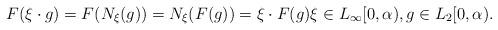
LaTeX: \begin{align*}F(\xi\cdot g)=F(N_\xi(g))=N_\xi(F(g))=\xi\cdot F(g)\xi\in L_\infty[0,\alpha), g\in L_2[0,\alpha).\end{align*}